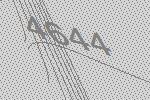
4644